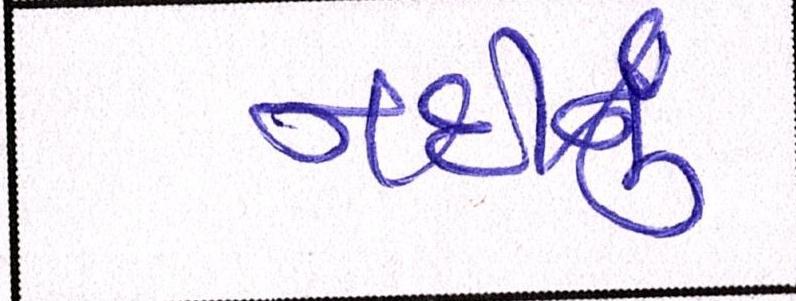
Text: નદીનું